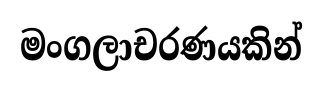
මංගලාචරණයකින්